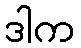
ဒါက